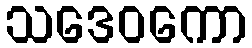
သဒေဝကော